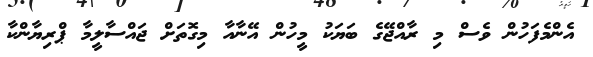
އެންމެފަހުން ވެސް މި ރާއްޖޭގެ ބަޔަކު މީހުން އޭނާއާ މިގޮތަށް ޖައްސާލީމާ ޕްރިޔާންކާ